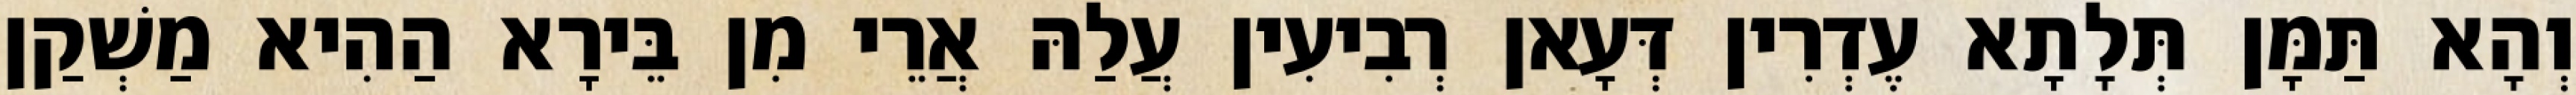
וְהָא תַּמָּן תְּלָתָא עֶדְרִין דְּעָאן רְבִיעִין עֲלַהּ אֲרֵי מִן בֵּירָא הַהִיא מַשְׁקַן